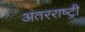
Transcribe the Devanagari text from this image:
अंतरराष्ट्री